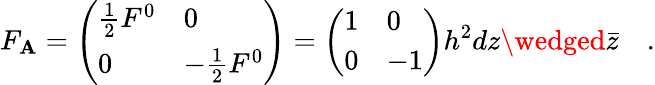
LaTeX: F_{\mathbf{A}}=\left(\begin{array}{ll}{{{\frac{1}{2}}F^{0}}}&{{0}}\\ {{0}}&{{-{\frac{1}{2}}F^{0}}}\end{array}\right)=\left(\begin{array}{ll}{{1}}&{{0}}\\ {{0}}&{{-1}}\end{array}\right)h^{2}dz\wedged{\bar{{z}}}\quad.